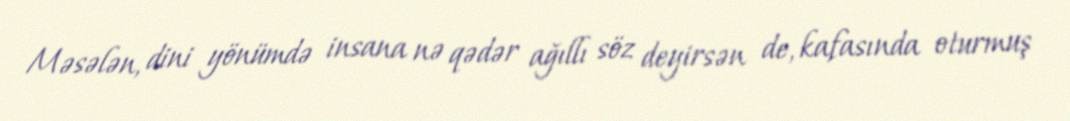
Məsələn, dini yönümdə insana nə qədər ağıllı söz deyirsən de, kafasında oturmuş